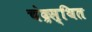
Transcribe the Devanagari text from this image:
चंद्रस्थित